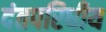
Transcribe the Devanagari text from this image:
दंतपरिधीय